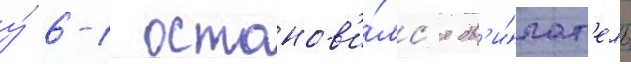
у́ 6-1 останов'и́лс'я дв'и́гат'ель